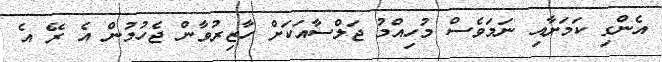
އެންގި ކަމަށާއި ނަމަވެސް މުހިއްމު ޖަލްސާއަކަށް ހާޒިރުވާން ޖެހުމުން އެ ރޭ އެ